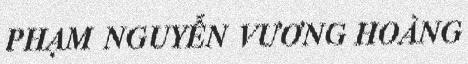
PHẠM NGUYỄN VƯƠNG HOÀNG